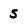
Character: s